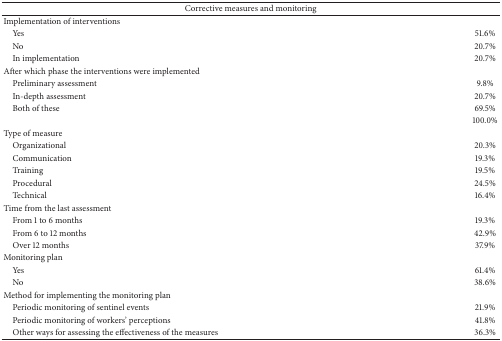
<table><thead><tr><td colspan="2"><b>Corrective measures and monitoring </b></td></tr></thead><tbody><tr><td>Implementation of interventions</td><td>[EMPTY_CELL]</td></tr><tr><td> Yes</td><td>51.6%</td></tr><tr><td> No</td><td>20.7%</td></tr><tr><td> In implementation</td><td>20.7%</td></tr><tr><td>After which phase the interventions were implemented</td><td>[EMPTY_CELL]</td></tr><tr><td> Preliminary assessment </td><td>9.8%</td></tr><tr><td> In-depth assessment </td><td>20.7%</td></tr><tr><td> Both of these</td><td>69.5%</td></tr><tr><td>[EMPTY_CELL]</td><td>100.0%</td></tr><tr><td>Type of measure</td><td>[EMPTY_CELL]</td></tr><tr><td> Organizational </td><td>20.3%</td></tr><tr><td> Communication </td><td>19.3%</td></tr><tr><td> Training </td><td>19.5%</td></tr><tr><td> Procedural </td><td>24.5%</td></tr><tr><td> Technical </td><td>16.4%</td></tr><tr><td>Time from the last assessment</td><td>[EMPTY_CELL]</td></tr><tr><td> From 1 to 6 months</td><td>19.3%</td></tr><tr><td> From 6 to 12 months</td><td>42.9%</td></tr><tr><td> Over 12 months</td><td>37.9%</td></tr><tr><td>Monitoring plan</td><td>[EMPTY_CELL]</td></tr><tr><td> Yes</td><td>61.4%</td></tr><tr><td> No</td><td>38.6%</td></tr><tr><td>Method for implementing the monitoring plan</td><td>[EMPTY_CELL]</td></tr><tr><td> Periodic monitoring of sentinel events</td><td>21.9%</td></tr><tr><td> Periodic monitoring of workers' perceptions</td><td>41.8%</td></tr><tr><td> Other ways for assessing the effectiveness of the measures</td><td>36.3%</td></tr></tbody></table>